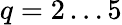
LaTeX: q=2\dots 5